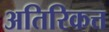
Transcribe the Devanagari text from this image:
अतिरिकत्त